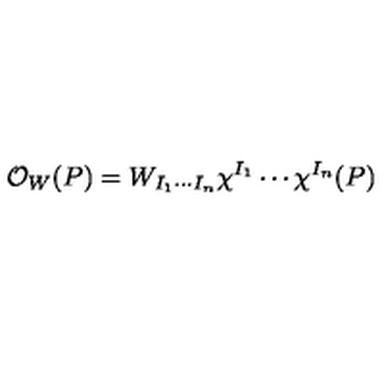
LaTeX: { \cal O } _ { W } ( P ) = W _ { I _ { 1 } \cdots I _ { n } } \chi ^ { I _ { 1 } } \cdots \chi ^ { I _ { n } } ( P )